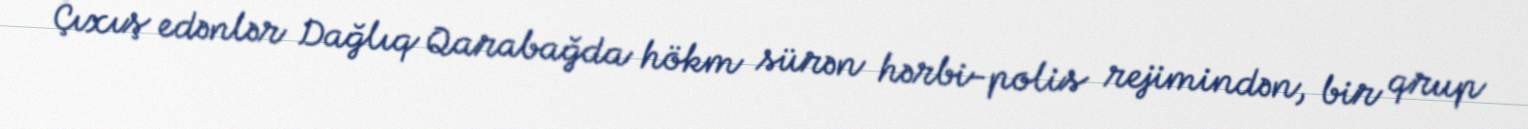
Çıxış edənlər Dağlıq Qarabağda hökm sürən hərbi-polis rejimindən, bir qrup